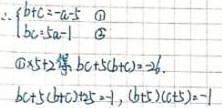
\[
\begin{cases}
b + c = a - 5 & \textcircled{1} \\
bc = 5a - 1 & \textcircled{2}
\end{cases}
\]
\textcircled{1}$\times5 +$ \textcircled{2}得，$bc + 5(b + c) = 26$.

$bc + 5(b + c) + 25 = 1$，$(b + 5)(c + 5) = 1$